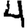
Digit: 4